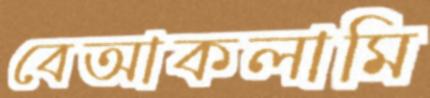
বেআকলামি